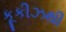
કૂકીઝથી